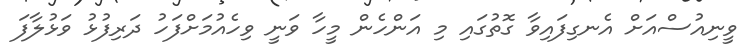
ވީނިއުސްއަށް އެނގިފައިވާ ގޮތުގައި މި އަންހެން މީހާ ވަނީ ވިހެއުމަށްފަހު ދަރިފުޅު ވަޅުލާފަ